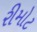
રીમોટ